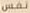
نفس